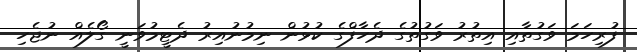
ފުރިހަމަ ވަގުތާއި އިތުރު ވަގުތުގެ ދެހާފްގެ ކުޅުން ނިމުނުއިރު ދެޓީމުވަނީ ގޯލެއް ނުޖެހި